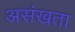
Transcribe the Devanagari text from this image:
असंखता